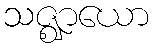
သဇ္ဈာယော